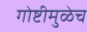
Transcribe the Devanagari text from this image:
गोष्टीमुळेच